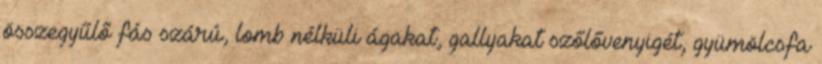
összegyűlő fás szárú, lomb nélküli ágakat, gallyakat szőlővenyigét, gyümölcsfa